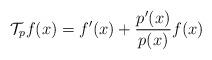
LaTeX: \begin{align*} \mathcal{T}_pf(x) = f'(x) + \frac{p'(x)}{p(x)}f(x) \end{align*}